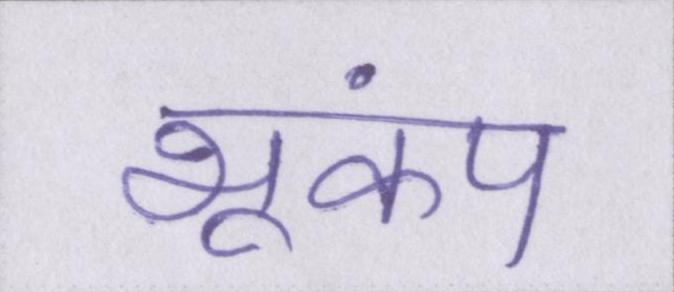
भूकंप